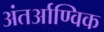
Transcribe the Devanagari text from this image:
अंतर्आण्विक